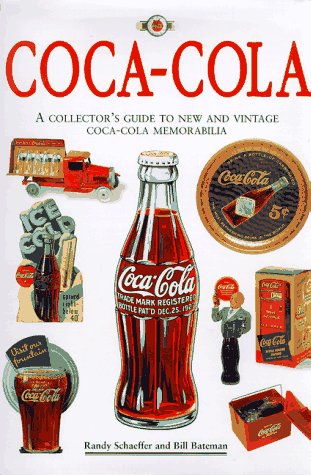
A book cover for Coca-Cola: The Collector's Guide to New and Vintage Coca-Cola Memorabilia; Randy Schaeffer; Crafts, Hobbies & Home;